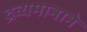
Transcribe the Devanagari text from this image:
द्रव्यमानाने